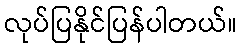
လုပ်ပြနိုင်ပြန်ပါတယ်။